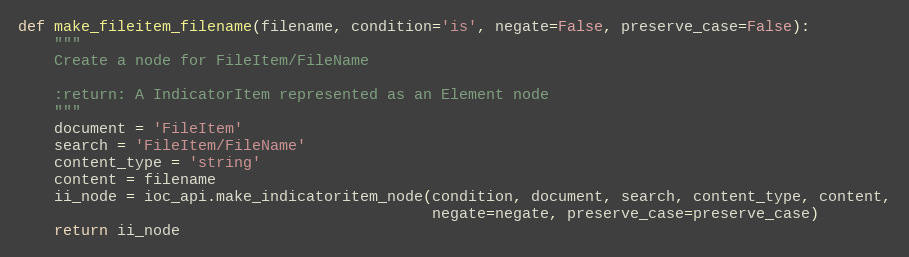
Language: Python
def make_fileitem_filename(filename, condition='is', negate=False, preserve_case=False):
    """
    Create a node for FileItem/FileName

    :return: A IndicatorItem represented as an Element node
    """
    document = 'FileItem'
    search = 'FileItem/FileName'
    content_type = 'string'
    content = filename
    ii_node = ioc_api.make_indicatoritem_node(condition, document, search, content_type, content,
                                              negate=negate, preserve_case=preserve_case)
    return ii_node